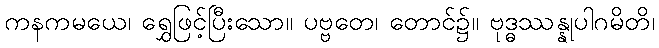
ကနကမယေ၊ ရွှေဖြင့်ပြီးသော။ ပဗ္ဗတေ၊ တောင်၌။ ဗုဒ္ဓဿန္နုပါဂမိတိ၊